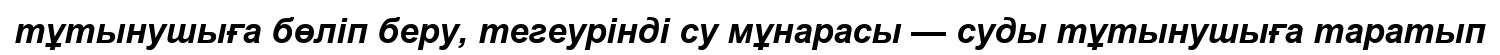
тұтынушыға бөліп беру, тегеурінді су мұнарасы — суды тұтынушыға таратып